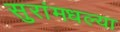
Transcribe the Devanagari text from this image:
सुरांमधल्या